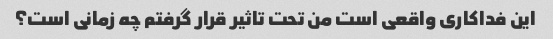
این فداکاری واقعی است من تحت تاثیر قرار گرفتم چه زمانی است؟